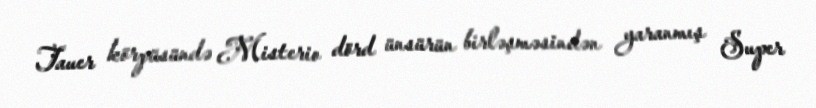
Tauer körpüsündə Misterio dörd ünsürün birləşməsindən yaranmış Super